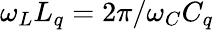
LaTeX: \omega_{L}L_{q}=2\pi/\omega_{C}C_{q}